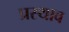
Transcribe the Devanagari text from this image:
प्रस्थाव